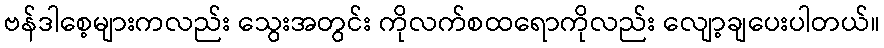
ဗန်ဒါစေ့များကလည်း သွေးအတွင်း ကိုလက်စထရောကိုလည်း လျော့ချပေးပါတယ်။